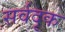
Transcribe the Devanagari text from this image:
सर्वदृक